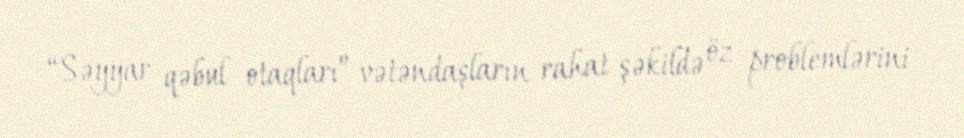
“Səyyar qəbul otaqları” vətəndaşların rahat şəkildə öz problemlərini